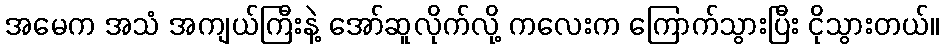
အမေက အသံ အကျယ်ကြီးနဲ့ အော်ဆူလိုက်လို့ ကလေးက ကြောက်သွားပြီး ငိုသွားတယ်။